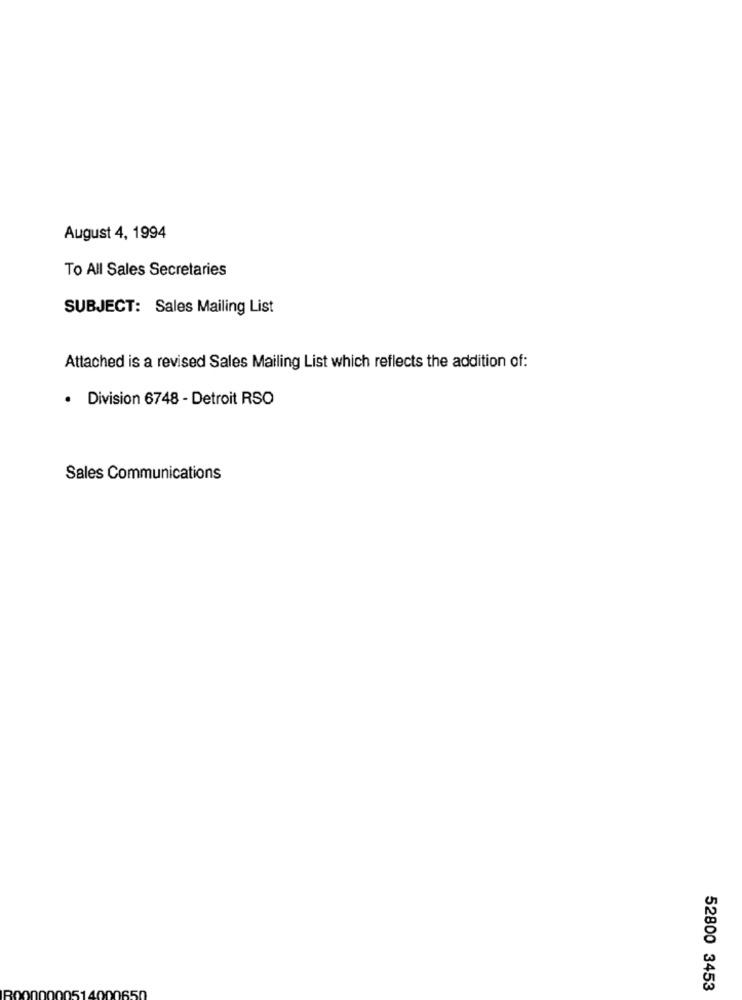
August 4, 1994
To All Sales Secretaries
SUBJECT: Sales Mailing List
Attached is a revised Sales Mailing List which reflects the addition of:
· Division 6748 - Detroit RSO
Sales Communications
52800 3453